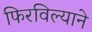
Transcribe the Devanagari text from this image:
फिरविल्याने